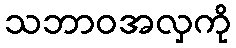
သဘာဝအလှကို